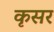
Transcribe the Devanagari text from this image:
कृसर